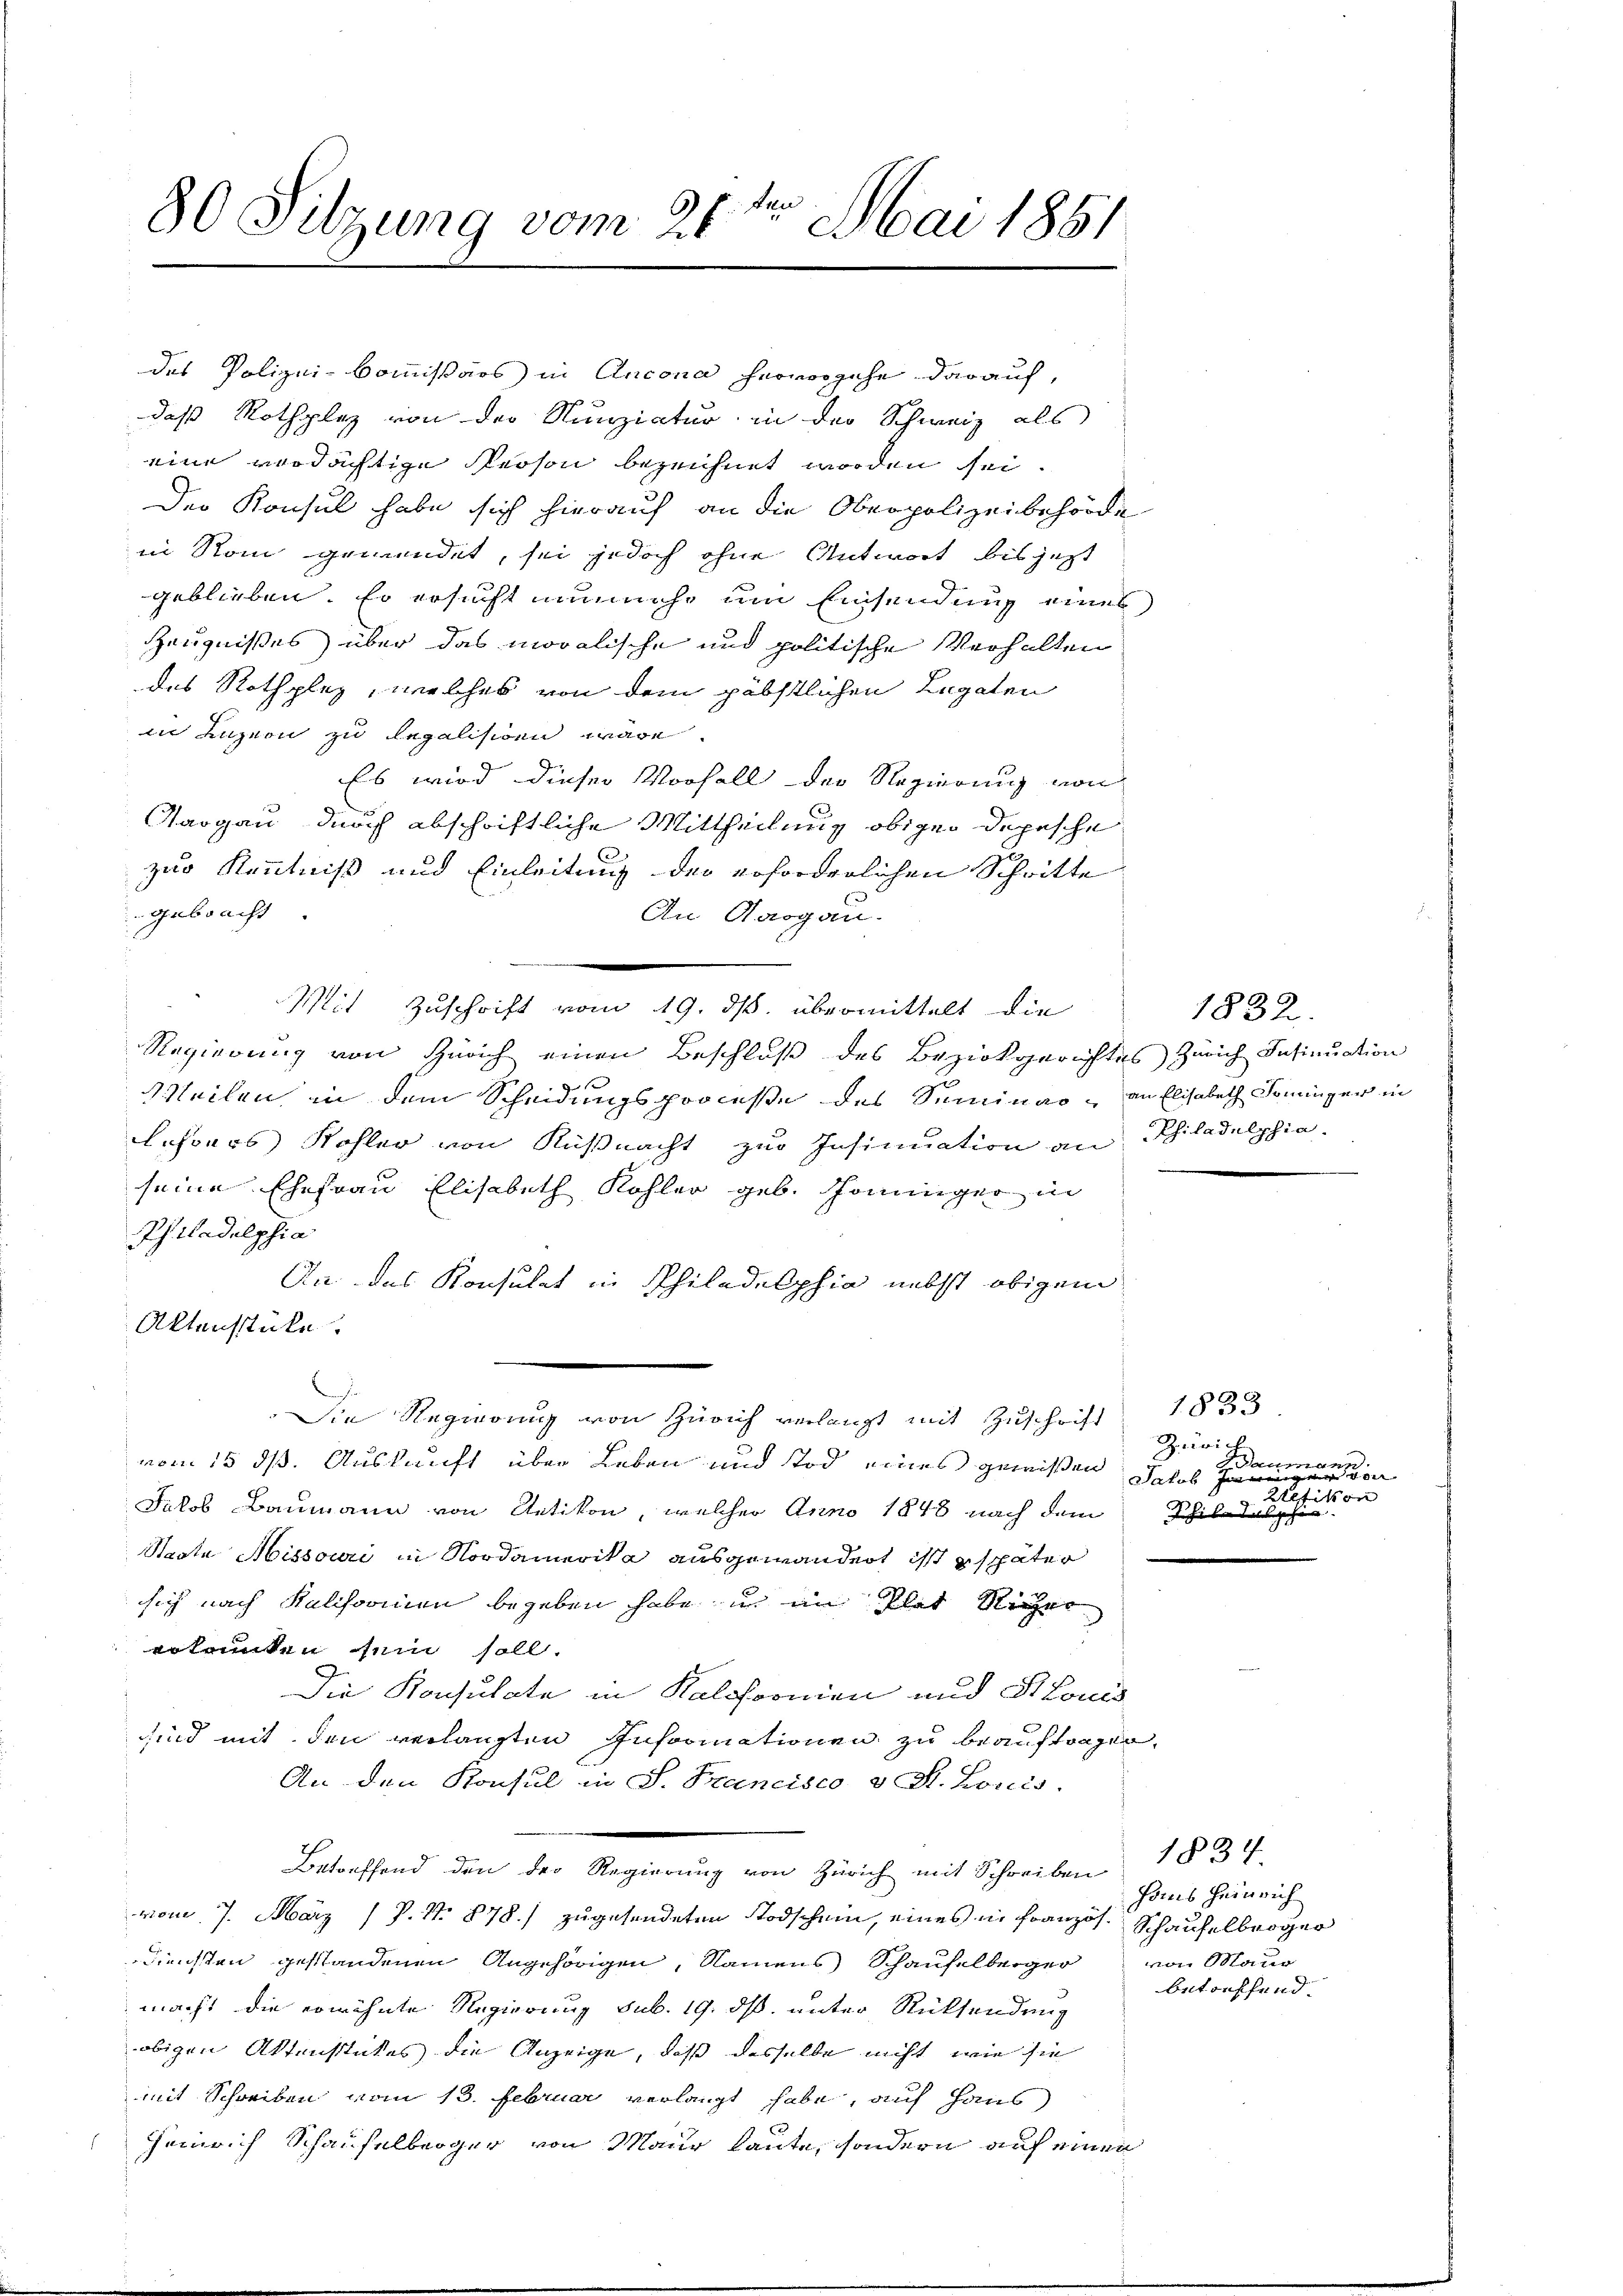
80 Sitzung vom 21te͇n Mai 1861

des Polizeikommissärs in Ancona hervorgehe darauf,
daß Rothplaz von der Nunziatur in der Schweiz als
eine verdächtige Person bezeichnet worden sei.
Der Konsul habe sich hierauf an die Oberpolizeibehörde
in Rom gemendet, sei jedoch ohne Antwort bis jetzt
geblieben, so ersucht nunmehr um Einsendung eines
Zeugnißes über das moralische und politische Verhalten
des Rothplaz, welches von dem päbstlichen Legaten
in anzen zu legalisiren wäre.
Es wird dieser Vorfall der Regierung von
Aargau, durch abschriftliche Mittheilung obiger Depesche
zur Kenntniß und Einleitung der erforderlichen Schritte
gebracht
An Aargau.
Mit Zuschrift vom 19. ds. übermittelt die
Regierung von Zürich einen Beschluß des Bezirkgerichtes Zürich Insinuation
Weilen in dem Scheidungsproceße des Seminar, an Elisabeth Sominger in
lehrers Kohler von Küßnacht zur Insinuation an Philadelphia
seine Ehefrau Elisabeth Kohler geb. Sonninger in
Philadelphia
An das Konsulat in Philadelphia nebst obigem
Aktenstücke
Die Regierung von Zürich verlangt mit Zuschrift 1833
vom 15. ds. Auskunft über Leben und Tod eines gewißen
Jakob Baumann von Uetikon, welcher Anno 1848 nach dem Schildelphi
Staste Missouri in Nordamerika ausgewandert ist später
sich nach Kalchornen begeben habe in im Plat Sicher
erkannten sein soll.
Die Konsulate in Kaliformen und Stonis
sind mit den verlangten Informationen zu beauftragen,
An den Konsul in S. Francisco v. St. Louis
Betreffend den der Regierung von Zürich mit Schreiben § 34
vom 7. März ( P. Nr. 878.) zugesendeten Todschein, eines in Französ. Schaufelbroger
Diensten gestandenen Angehörigen, Namens Schaufelberger von Maur
macht die erwähnte Regierung sub. 19. ds. unter Rücksendung
obigen Aktenstückes die Anzeige, daß dasselbe nicht wie sie
mit Schreiben vom 13. Februar verlangt habe, auf Haus
Heinrich Schaufelberger von Maur laute, sondern auf einen

1832.

Zürich
den.
Dann
e
Jakob Inerei
Kefikon

Hans Heinrich
betreffend.